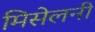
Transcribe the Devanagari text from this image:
मिसेलनी